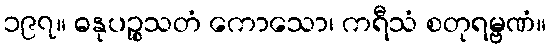
၁၉၇။ ဓနုပဉ္စသတံ ကောသော၊ ကရီသံ စတုရမ္ဗဏံ။